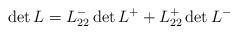
LaTeX: \begin{align*}\det L = L_{22}^-\det L^+ +L_{22}^+\det L^-\end{align*}